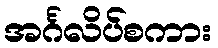
အင်္ဂလိပ်စကား